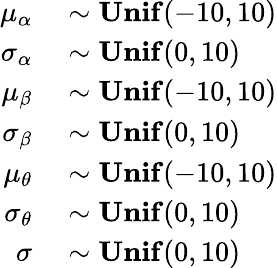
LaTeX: \begin{array}{rl}{\mu_{\alpha}}&{{}\sim\mathbf{Unif}(-10,10)}\\ {\sigma_{\alpha}}&{{}\sim\mathbf{Unif}(0,10)}\\ {\mu_{\beta}}&{{}\sim\mathbf{Unif}(-10,10)}\\ {\sigma_{\beta}}&{{}\sim\mathbf{Unif}(0,10)}\\ {\mu_{\theta}}&{{}\sim\mathbf{Unif}(-10,10)}\\ {\sigma_{\theta}}&{{}\sim\mathbf{Unif}(0,10)}\\ {\sigma}&{{}\sim\mathbf{Unif}(0,10)}\end{array}